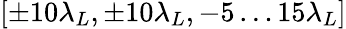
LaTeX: [\pm 10\lambda_{L},\pm 10\lambda_{L},-5\ldots 15\lambda_{L}]